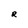
Character: R